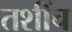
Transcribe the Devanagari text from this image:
तशींच